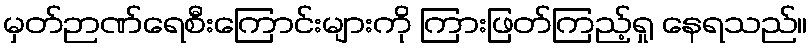
မှတ်ဉာဏ်ရေစီးကြောင်းများကို ကြားဖြတ်ကြည့်ရှု နေရသည်။